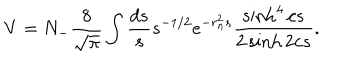
V = N _ { - } \frac { 8 } { \sqrt { \pi } } \int \frac { d s } { s } s ^ { - 1 / 2 } e ^ { - r _ { n } ^ { 2 } s } \frac { \sinh ^ { 4 } c s } { 2 \sinh 2 c s } .